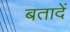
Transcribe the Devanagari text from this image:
बतादें